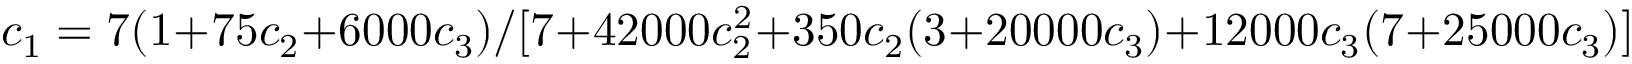
c _ { 1 } = 7 ( 1 + 7 5 c _ { 2 } + 6 0 0 0 c _ { 3 } ) / [ 7 + 4 2 0 0 0 c _ { 2 } ^ { 2 } + 3 5 0 c _ { 2 } ( 3 + 2 0 0 0 0 c _ { 3 } ) + 1 2 0 0 0 c _ { 3 } ( 7 + 2 5 0 0 0 c _ { 3 } ) ]